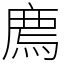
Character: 廌